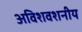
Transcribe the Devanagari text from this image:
अविशवशनीय